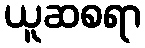
ယူဆစရာ